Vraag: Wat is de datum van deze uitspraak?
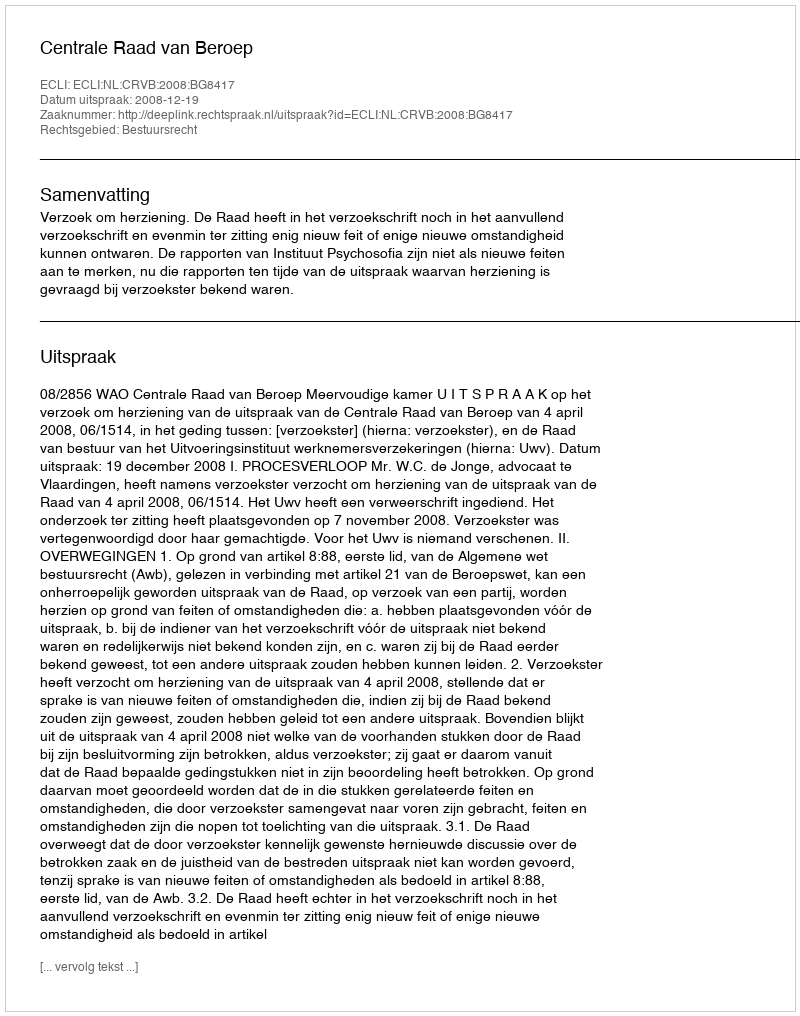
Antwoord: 2008-12-19